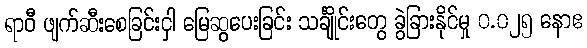
ရာဝီ ဖျက်ဆီးစေခြင်းငှါ မြေဆွပေးခြင်း သင်္ချိုင်းတွေ ခွဲခြားနိုင်မှု ၀.၀၂၅ နောဧ